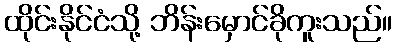
ထိုင်းနိုင်ငံသို့ ဘိန်းမှောင်ခိုကူးသည်။